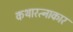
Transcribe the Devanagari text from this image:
कथारत्नाकार